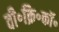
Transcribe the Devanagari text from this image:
वी॰क्रि॰कॉ॰